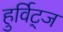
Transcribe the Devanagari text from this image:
हुर्विट्ज